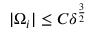
| \Omega _ { i } | \leq C \delta ^ { \frac { 3 } { 2 } }